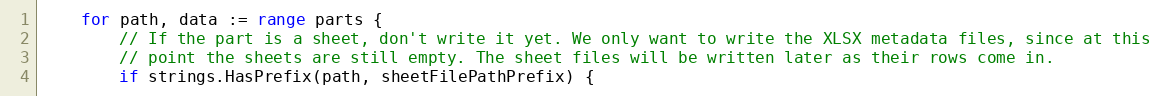
Language: Go
	for path, data := range parts {
		// If the part is a sheet, don't write it yet. We only want to write the XLSX metadata files, since at this
		// point the sheets are still empty. The sheet files will be written later as their rows come in.
		if strings.HasPrefix(path, sheetFilePathPrefix) {